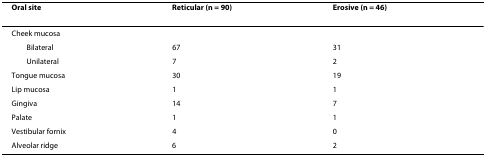
<table><thead><tr><td><b>Oral site</b></td><td><b>Reticular (n = 90)</b></td><td><b>Erosive (n = 46)</b></td></tr></thead><tbody><tr><td>Cheek mucosa</td><td></td><td></td></tr><tr><td> Bilateral</td><td>67</td><td>31</td></tr><tr><td> Unilateral</td><td>7</td><td>2</td></tr><tr><td>Tongue mucosa</td><td>30</td><td>19</td></tr><tr><td>Lip mucosa</td><td>1</td><td>1</td></tr><tr><td>Gingiva</td><td>14</td><td>7</td></tr><tr><td>Palate</td><td>1</td><td>1</td></tr><tr><td>Vestibular fornix</td><td>4</td><td>0</td></tr><tr><td>Alveolar ridge</td><td>6</td><td>2</td></tr></tbody></table>